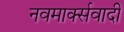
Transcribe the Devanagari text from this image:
नवमार्क्सवादी